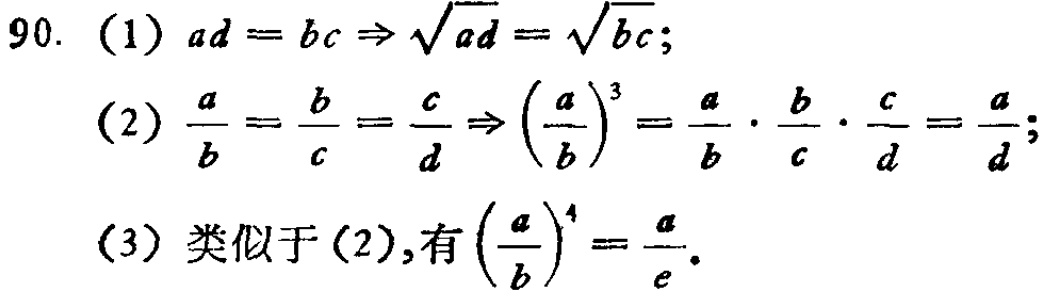
90. (1) \(ad = bc \Rightarrow \sqrt{ad}=\sqrt{bc}\);

(2) \(\frac{a}{b}=\frac{b}{c}=\frac{c}{d}\Rightarrow (\frac{a}{b})^3=\frac{a}{b}\cdot\frac{b}{c}\cdot\frac{c}{d}=\frac{a}{d}\);

(3) 类似于(2),有\((\frac{a}{b})^4=\frac{a}{e}\).